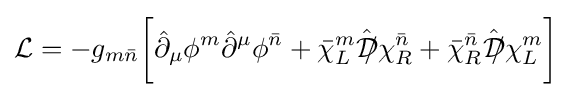
{\mathcal {L}}=-g_{m{\bar {n}}}{\bigg [}{\hat {\partial }}_{\mu }\phi ^{m}{\hat {\partial }}^{\mu }\phi ^{\bar {n}}+{\bar {\chi }}_{L}^{m}{\hat {{\mathcal {D}}\!\!\!/}}\chi _{R}^{\bar {n}}+{\bar {\chi }}_{R}^{\bar {n}}{\hat {{\mathcal {D}}\!\!\!/}}\chi _{L}^{m}{\bigg ]}